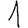
Digit: 1